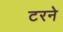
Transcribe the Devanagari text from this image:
टरने